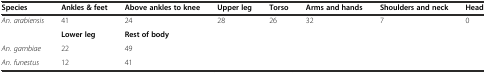
<table><thead><tr><td><b>Species</b></td><td><b>Ankles &amp; feet</b></td><td><b>Above ankles to knee</b></td><td><b>Upper leg</b></td><td><b>Torso</b></td><td><b>Arms and hands</b></td><td><b>Shoulders and neck</b></td><td><b>Head</b></td></tr></thead><tbody><tr><td><i>An. arabiensis</i></td><td>41</td><td>24</td><td>28</td><td>26</td><td>32</td><td>7</td><td>0</td></tr><tr><td></td><td><b>Lower leg</b></td><td><b>Rest of body</b></td><td></td><td></td><td></td><td></td><td></td></tr><tr><td><i>An. gambiae</i></td><td>22</td><td>49</td><td></td><td></td><td></td><td></td><td></td></tr><tr><td><i>An. funestus</i></td><td>12</td><td>41</td><td></td><td></td><td></td><td></td><td></td></tr></tbody></table>